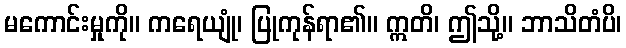
မကောင်းမှုကို။ ကရေယျုံ၊ ပြုကုန်ရာ၏။ ဣတိ၊ ဤသို့။ ဘာသိတံပိ၊